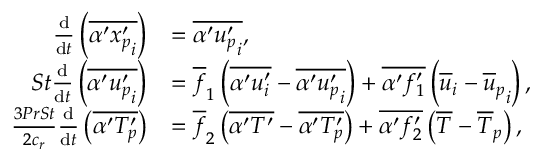
\begin{array} { r l } { \frac { \mathrm { d } } { \mathrm { d } t } \left( \overline { { \alpha ^ { \prime } { x _ { p } ^ { \prime } } _ { i } } } \right) } & { = \overline { { \alpha ^ { \prime } { u _ { p } ^ { \prime } } _ { i } } } , } \\ { S t \frac { \mathrm { d } } { \mathrm { d } t } \left( \overline { { \alpha ^ { \prime } { u _ { p } ^ { \prime } } _ { i } } } \right) } & { = \overline { { f } } _ { 1 } \left( \overline { { \alpha ^ { \prime } u _ { i } ^ { \prime } } } - \overline { { \alpha ^ { \prime } { u _ { p } ^ { \prime } } _ { i } } } \right) + \overline { { \alpha ^ { \prime } f _ { 1 } ^ { \prime } } } \left( \overline { { u } } _ { i } - { \overline { { u } } _ { p } } _ { i } \right) , } \\ { \frac { 3 P r S t } { 2 c _ { r } } \frac { \mathrm { d } } { \mathrm { d } t } \left( \overline { { \alpha ^ { \prime } { T _ { p } ^ { \prime } } } } \right) } & { = \overline { { f } } _ { 2 } \left( \overline { { \alpha ^ { \prime } T ^ { \prime } } } - \overline { { \alpha ^ { \prime } { T _ { p } ^ { \prime } } } } \right) + \overline { { \alpha ^ { \prime } f _ { 2 } ^ { \prime } } } \left( \overline { { T } } - { \overline { { T } } _ { p } } \right) , } \end{array}